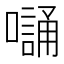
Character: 𭋭